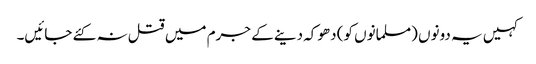
کہیں یہ دونوں (مسلمانوں کو) دھوکہ دینے کے جرم میں قتل نہ کئے جائیں۔